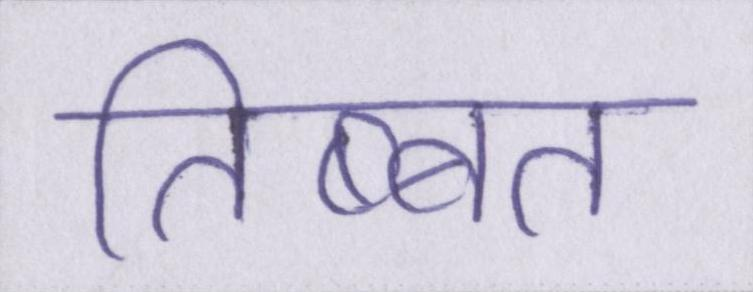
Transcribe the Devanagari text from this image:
तिब्बत